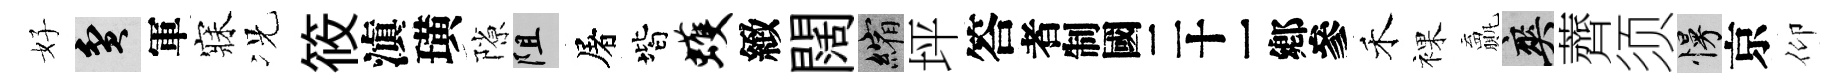
好貧軍寐况筱滇璜隙阻屠階蠖緻闊縮坪答识禾裸贏爽薺须慢京仰